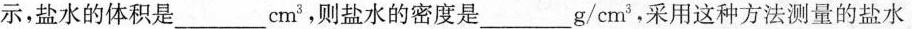
示，盐水的体积是___cm^{3}，则盐水的密度是___g/cm^{3}，采用这种方法测量的盐水